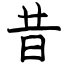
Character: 昔